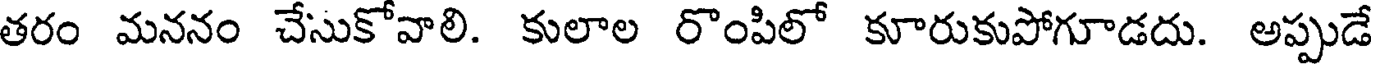
తరం మననం చేసుకోవాలి. కులాల రొంపిలో కూరుకుపోగూడదు. అప్పుడే